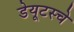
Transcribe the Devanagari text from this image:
डेयूटस्चे